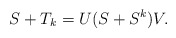
\begin{align*}S+T_k=U(S+S^k)V.\end{align*}